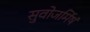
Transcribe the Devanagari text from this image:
सुवोजर्मिषं